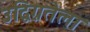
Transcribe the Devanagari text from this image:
उद्विग्नतेला